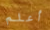
أعلم